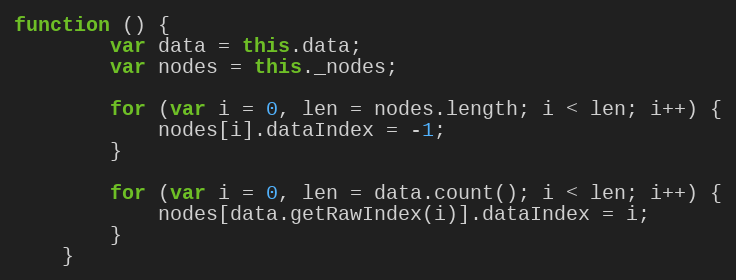
Language: JavaScript
function () {
        var data = this.data;
        var nodes = this._nodes;

        for (var i = 0, len = nodes.length; i < len; i++) {
            nodes[i].dataIndex = -1;
        }

        for (var i = 0, len = data.count(); i < len; i++) {
            nodes[data.getRawIndex(i)].dataIndex = i;
        }
    }